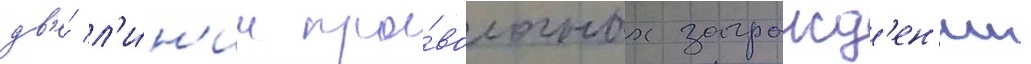
дв'е́ л'и́н'ии про́волочных загражд'ен'ии